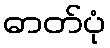
ဓာတ်ပုံ